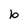
Character: b